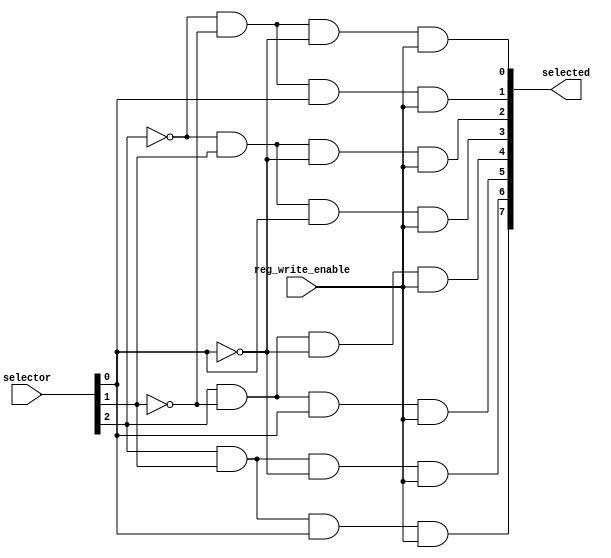
`timescale 1ns / 1ps
//////////////////////////////////////////////////////////////////////////////////
// Company: 
// Engineer: 
// 
// Design Name: 
// Module Name: Three2EightDecoder
// Project Name: 
// Target Devices: 
// Tool Versions: 
// Description: 
// 
// Dependencies: 
// 
// Revision:
// Revision 0.01 - File Created
// Additional Comments:
// 
//////////////////////////////////////////////////////////////////////////////////


module Three2EightDecoder(input [2:0] selector, input reg_write_enable, output reg [7:0] selected);
        
        always @(selector, reg_write_enable) begin
         selected[0] = ~selector[2] & ~selector[1] & ~selector[0] & reg_write_enable;
         selected[1] = ~selector[2] & ~selector[1] & selector[0] & reg_write_enable;
         selected[2] = ~selector[2] & selector[1] & ~selector[0] & reg_write_enable;
         selected[3] = ~selector[2] & selector[1] & selector[0] & reg_write_enable;
         selected[4] = selector[2] & ~selector[1] & ~selector[0] & reg_write_enable;
         selected[5] = selector[2] & ~selector[1] & selector[0] & reg_write_enable;
         selected[6] = selector[2] & selector[1] & ~selector[0] & reg_write_enable;
         selected[7] = selector[2] & selector[1] & selector[0] & reg_write_enable;
        end
        
endmodule